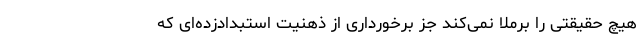
هیچ حقیقتی را برملا نمی‌کند جز برخورداری از ذهنیت استبدادزده‌ای که